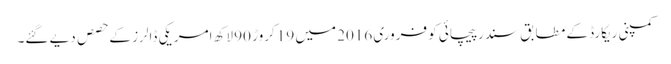
کمپنی ریکارڈ کے مطابق سندر پیچائی کو فروری 2016 میں 19 کروڑ 90 لاکھ امریکی ڈالرز کے حصص دیے گئے۔